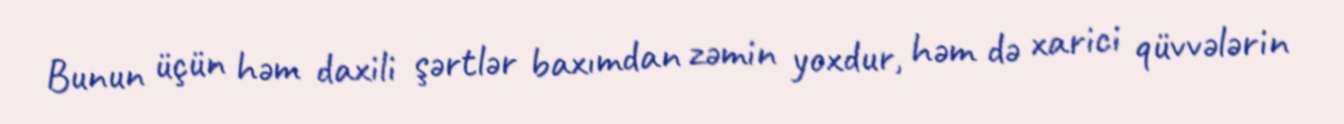
Bunun üçün həm daxili şərtlər baxımdan zəmin yoxdur, həm də xarici qüvvələrin